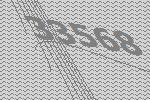
33568